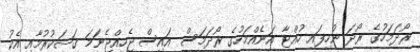
ރޯދަމަހުގެ ރޯދަ ނުހިފައި ހުއްޓާ އަނެއްމަހުގެ ރޯދަމަސް އައިސް ޖެހިއްޖެނަމަ ޤަޟަކުރުމާއި އެކު